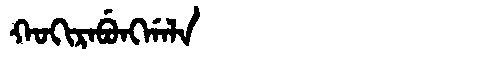
Manchu: ᡴᠣᡴᡳᡵᠠᠪᡠᠩᡤᠠᠯᠠ
Romanization: KOKIRABUNGGALA